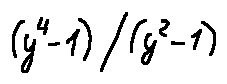
( y ^ { 4 } - 1 ) / ( y ^ { 2 } - 1 )